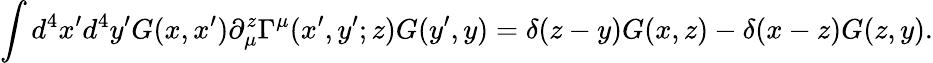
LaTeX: \int d^{4}x^{\prime}d^{4}y^{\prime}G(x,x^{\prime})\partial_{\mu}^{z}\Gamma^{\mu}(x^{\prime},y^{\prime};z)G(y^{\prime},y)=\delta(z-y)G(x,z)-\delta(x-z)G(z,y).